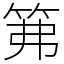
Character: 笰